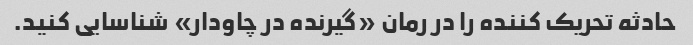
حادثه تحریک کننده را در رمان «گیرنده در چاودار» شناسایی کنید.